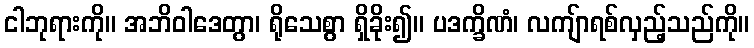
ငါဘုရားကို။ အဘိဝါဒေတွာ၊ ရိုသေစွာ ရှိခိုး၍။ ပဒက္ခိဏံ၊ လကျ်ာရစ်လှည့်သည်ကို။